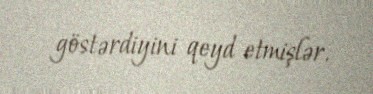
göstərdiyini qeyd etmişlər.